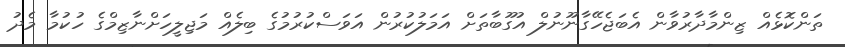
ތަންކޮޅެއް ޒިންމާދާރުވާން އެބަޖެހޭގާނޫނުލް އުގޫބާތަށް އަމަލުކުރުން އަވަސްކުރުމުގެ ބިލެއް މަޖިލީހަށްނާޒިމްގެ ހުކުމާ މެދު